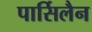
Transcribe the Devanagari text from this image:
पार्सिलैन